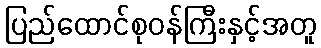
ပြည်ထောင်စုဝန်ကြီးနှင့်အတူ